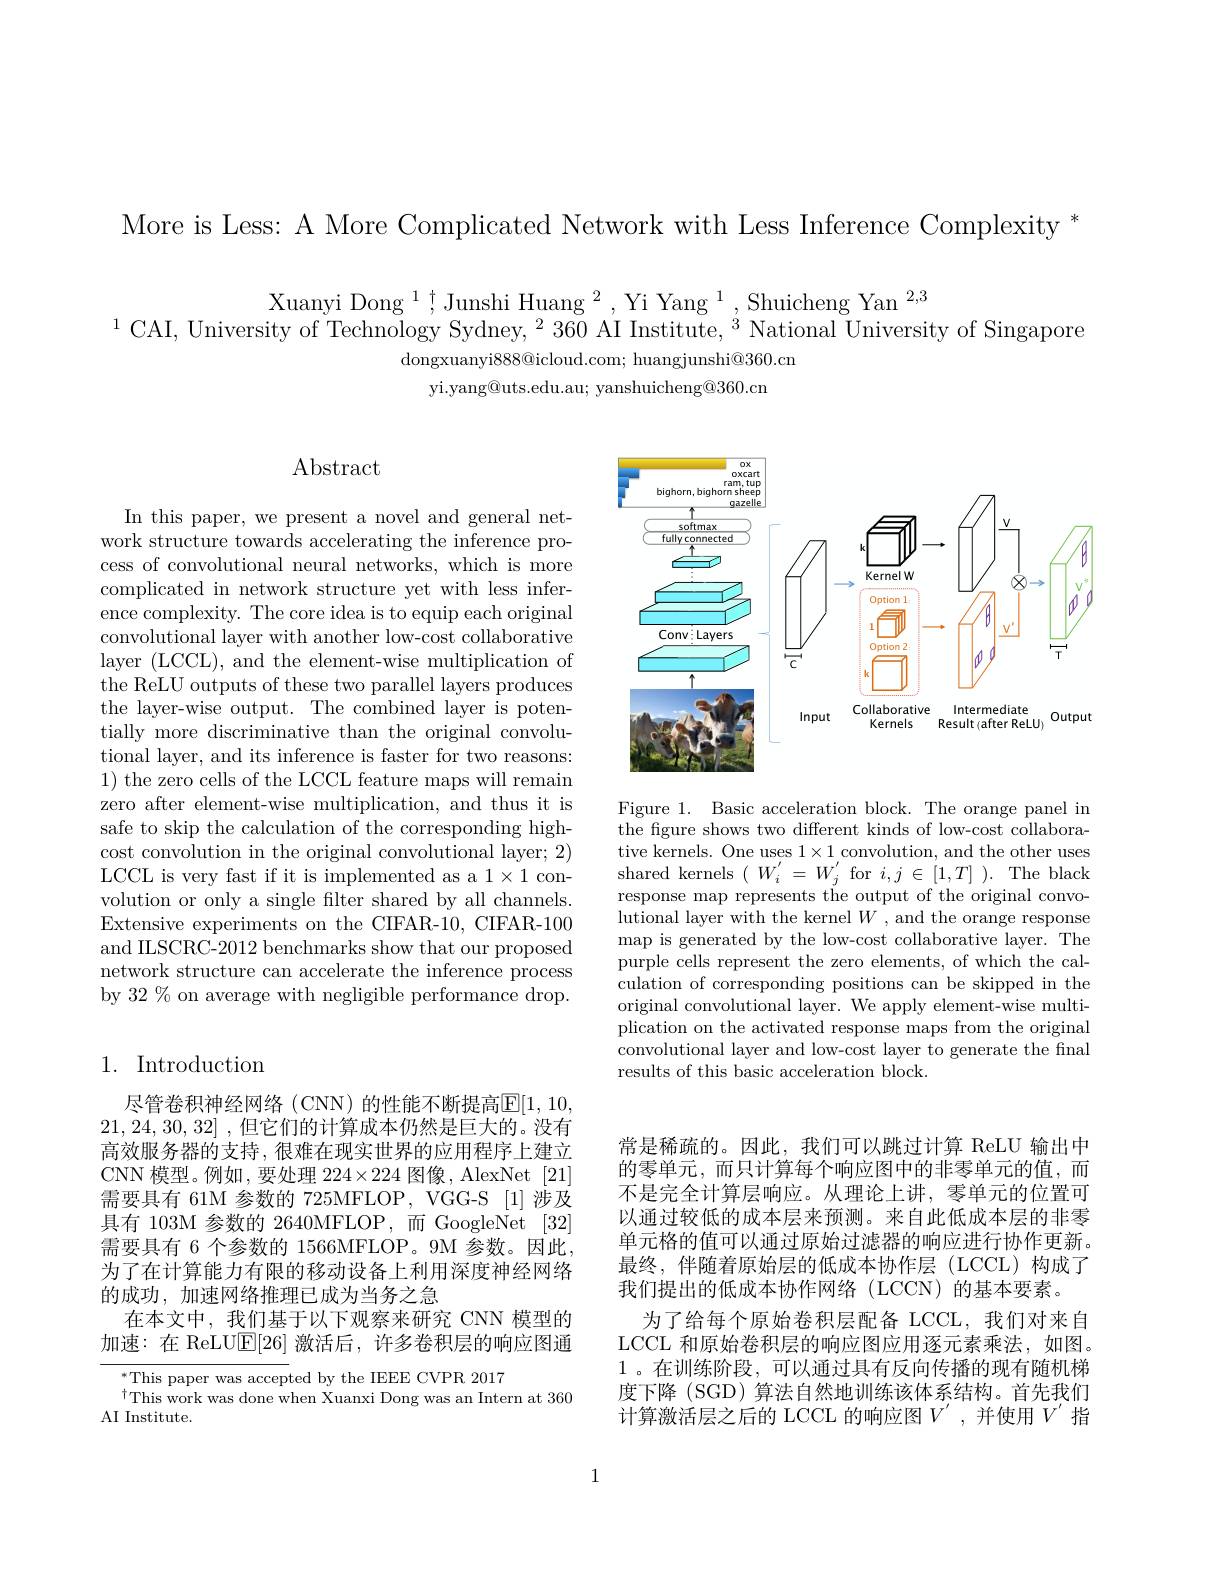
More is Less: A More Complicated Network with Less Inference Complexity "

Xuanyi Dong $^1,^\dagger$Junshi Huang $^2,\text{Yi Yang}^1$,Shuicheng Yan$^2,3$
$^{1}$CAI, University of Technology Sydney, $^2360\text{ AI Institute, }^3$National University of Singapore
dongxuanyi8888@icloud.com; huangjunshi@360.cn
yi.yang@uts.edu.au; yanshuicheng@360.cn

## Abstract

In this paper, we present a novel and general network structure towards accelerating the inference process of convolutional neural networks, which is more complicated in network structure yet with less inference complexity. The core idea is to equip each original convolutional layer with another low-cost collaborative layer (LCCL), and the element-wise multiplication of the ReLU outputs of these two parallel layers produces the layer-wise output. The combined layer is potentially more discriminative than the original convolutional layer, and its inference is faster for two reasons: 1) the zero cells of the LCCL feature maps will remain zero after element-wise multiplication, and thus it is safe to skip the calculation of the corresponding highcost convolution in the original convolutional layer; 2) LCCL is very fast if it is implemented as a 1×1 convolution or only a single filter shared by all channels. Extensive experiments on the CIFAR-10, CIFAR-100 and ILSCRC-2012 benchmarks show that our proposed network structure can accelerate the inference process by 32 % on average with negligible performance drop.

## 1. Introduction

尽管卷积神经网络(CNN)的性能不断提高$\overline{\mathbb{E}}[1,10$, 21,24,30,32] ,但它们的计算成本仍然是巨大的。没有高效服务器的支持，很难在现实世界的应用程序上建立CNN 模型。例如，要处理 224$\times224$图像，AlexNet [21] 需要具有 61M 参数的 725MFLOP, VGG-S [1] 涉及具有 103M 参数的 2640MFLOP,而 GoogleNet [32] 需要具有 6 个参数的 1566MFLOP。9M 参数。因此， 为了在计算能力有限的移动设备上利用深度神经网络的成功，加速网络推理已成为当务之急
在本文中，我们基于以下观察来研究 CNN 模型的加速：在 ReLUE[26]激活后，许多卷积层的响应图通

$^*$This paper was accepted by the IEEE CVPR 2017
$^{\dagger}$This work was done when Xuanxi Dong was an Intern at 360
AI Institute.

<FigureHere>

Figure 1. Basic acceleration block. The orange panel in the figure shows two different kinds of low-cost collaborative kernels. One uses $1\times1$ convolution, and the other uses $\begin{array}{l}{\mathrm{shared~kernels~}(~W_{i}^{\prime}=~W_{j}^{\prime}~\mathrm{for~}i,j\in[1,T]~).~\mathrm{The~black}}\\{\mathrm{response~map~represents~the~output~of~the~original~convo-}}\end{array}$ lutional layer with the kernel $W$ , and the orange response map is generated by the low-cost collaborative layer. The purple cells represent the zero elements, of which the calculation of corresponding positions can be skipped in the original convolutional layer. We apply element-wise multiplication on the activated response maps from the original convolutional layer and low-cost layer to generate the final results of this basic acceleration block.

常是稀疏的。因此，我们可以跳过计算 ReLU 输出中的零单元，而只计算每个响应图中的非零单元的值，而不是完全计算层响应。从理论上讲，零单元的位置可以通过较低的成本层来预测。来自此低成本层的非零单元格的值可以通过原始过滤器的响应进行协作更新。最终，伴随着原始层的低成本协作层(LCCL)构成了我们提出的低成本协作网络(LCCN)的基本要素。
为了给每个原始卷积层配备 LCCL,我们对来自LCCL 和原始卷积层的响应图应用逐元素乘法，如图。1。在训练阶段，可以通过具有反向传播的现有随机梯度下降 (SGD) 算法自然地训练该体系结构。首先我们计算激活层之后的 LCCL 的响应图$V^{\prime}$,并使用$V^{\prime}$指

1